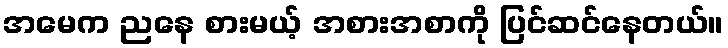
အမေက ညနေ စားမယ့် အစားအစာကို ပြင်ဆင်နေတယ်။